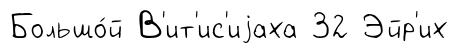
Большо́й В'ит'ис'иjаха 32 Эйр'их